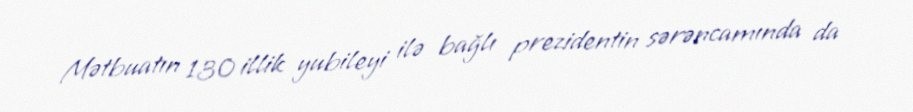
Mətbuatın 130 illik yubileyi ilə bağlı prezidentin sərəncamında da